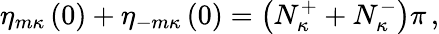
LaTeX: \eta_{m\kappa}\left(0\right)+\eta_{-m\kappa}\left(0\right)=\left(N_{\kappa}^{+}+N_{\kappa}^{-}\right)\pi\, ,